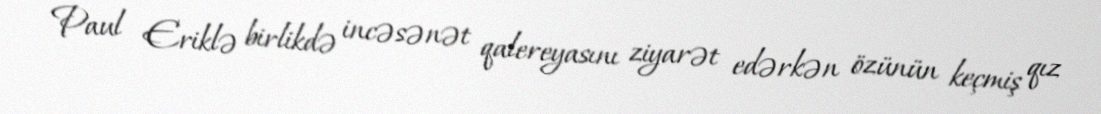
Paul Eriklə birlikdə incəsənət qalereyasını ziyarət edərkən özünün keçmiş qız